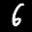
Label: 6